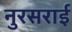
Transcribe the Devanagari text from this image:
नुरसराई